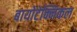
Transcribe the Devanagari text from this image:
बायोटेक्निकल